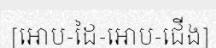
[អោប-ដៃ-អោប-ជើង]